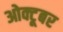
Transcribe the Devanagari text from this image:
ओक्टूबर